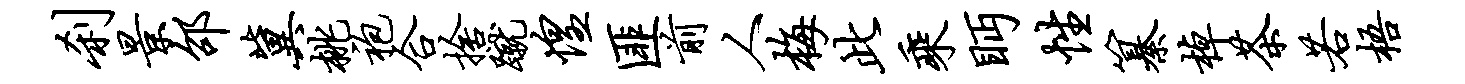
刹景邵冀桃袍合舍蹴惶匪前人梅此乘眄性纂棹茶若梧